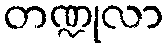
တဏ္ဍုလာ